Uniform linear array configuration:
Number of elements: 12
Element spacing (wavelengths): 0.75
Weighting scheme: exponential
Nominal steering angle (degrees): -45
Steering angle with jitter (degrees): -43.214
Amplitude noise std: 0.05
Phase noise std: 0.05

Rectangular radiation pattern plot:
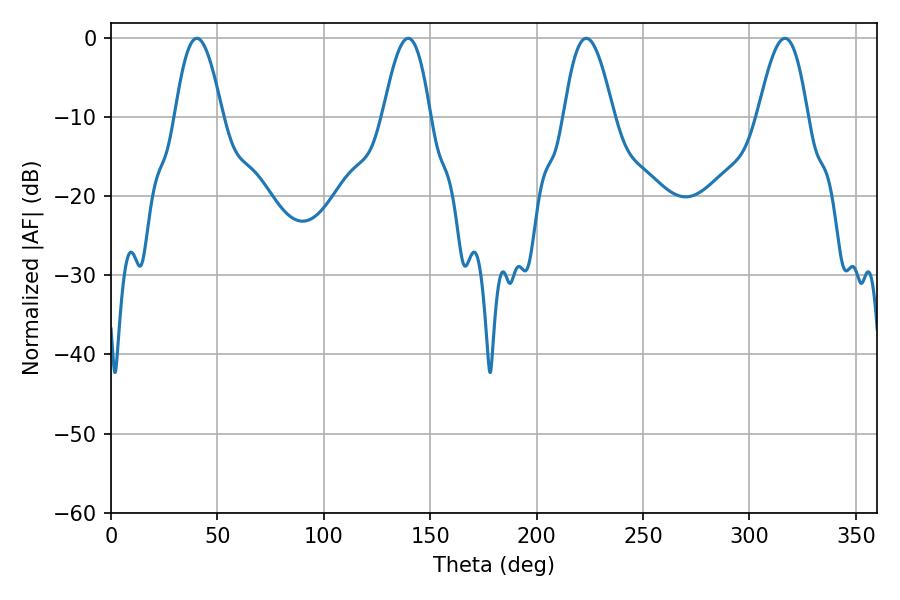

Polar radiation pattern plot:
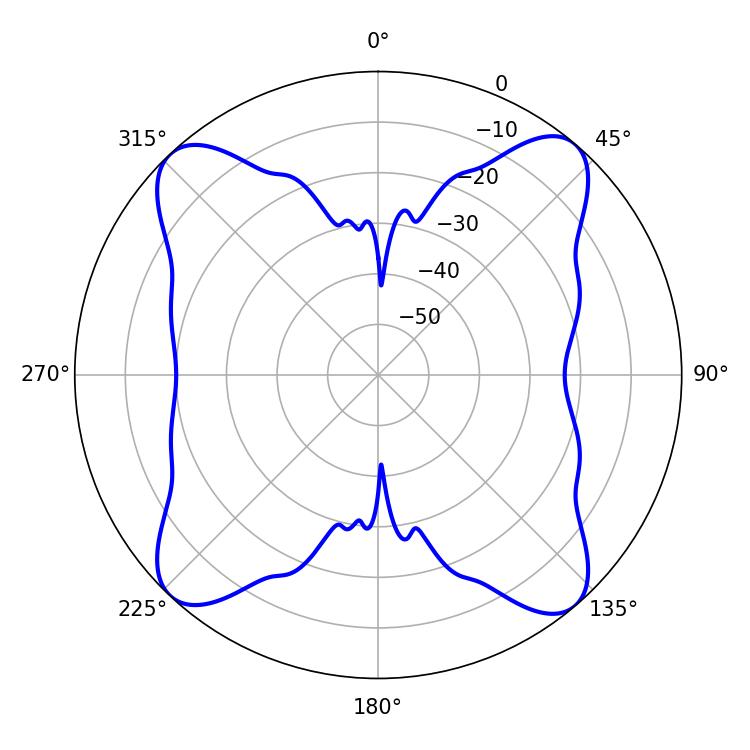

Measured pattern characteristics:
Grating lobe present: TRUE
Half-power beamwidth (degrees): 12.06
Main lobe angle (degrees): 40.32